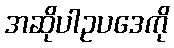
အဆိုပါဥပဒေကို